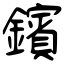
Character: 鑌